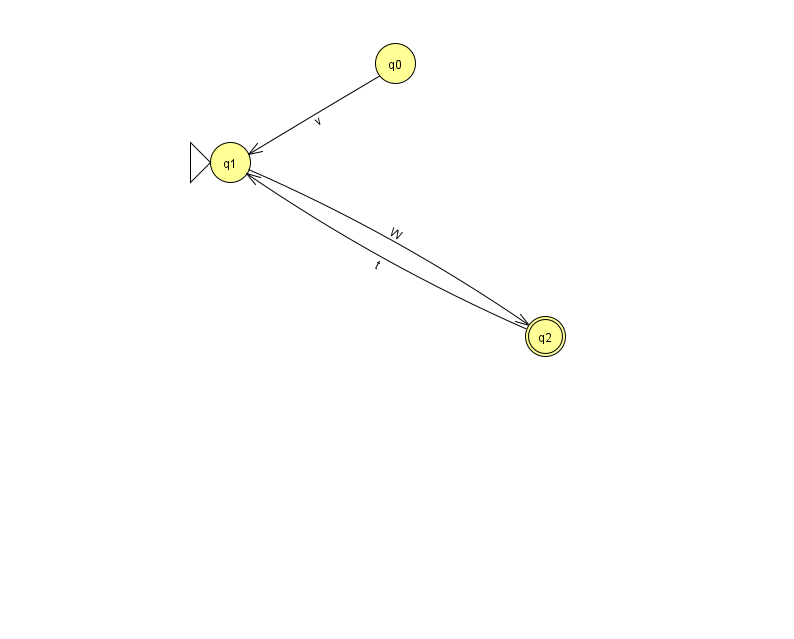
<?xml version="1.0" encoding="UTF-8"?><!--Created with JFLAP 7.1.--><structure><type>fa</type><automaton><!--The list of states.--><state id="0" name="q0"><x>395.0</x><y>50.0</y></state><state id="1" name="q1"><x>230.0</x><y>149.0</y><initial/></state><state id="2" name="q2"><x>545.0</x><y>323.0</y><final/></state><!--The list of transitions.--><transition><from>1</from><to>2</to><read>W</read></transition><transition><from>2</from><to>1</to><read>t</read></transition><transition><from>0</from><to>1</to><read>v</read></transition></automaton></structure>